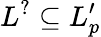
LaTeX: L^{?}\subseteq L_{p}^{\prime}